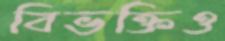
বিভক্তিও